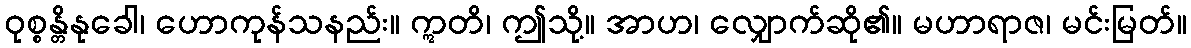
ဝုစ္စန္တိနုခေါ၊ ဟောကုန်သနည်း။ ဣတိ၊ ဤသို့။ အာဟ၊ လျှောက်ဆို၏။ မဟာရာဇ၊ မင်းမြတ်။